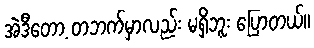
အဲဒီတော့ တဘက်မှာလည်း မရှိဘူး ပြောတယ်။